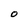
Character: O